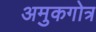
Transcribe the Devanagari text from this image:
अमुकगोत्र